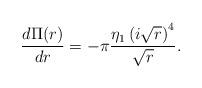
LaTeX: \begin{align*}\frac{d\Pi(r)}{dr}=-\pi\frac{\eta_1\left(i\sqrt{r}\right)^4}{\sqrt{r}}.\end{align*}